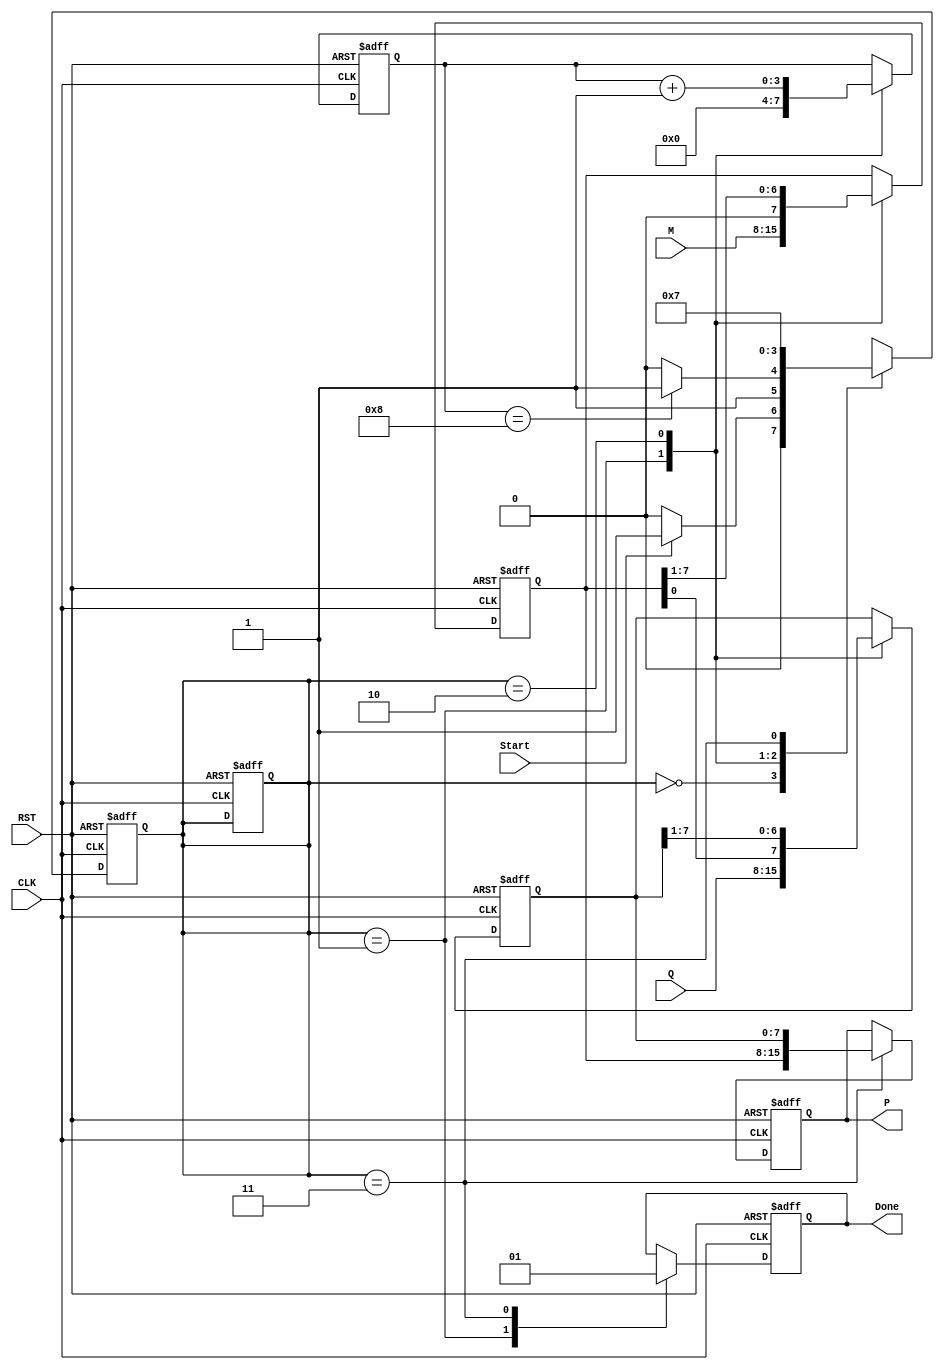
module modified_booth_multiplier #(
    parameter WIDTH = 8  // Bit width of the inputs
)(
    input wire [WIDTH-1:0] M,      // Multiplicand
    input wire [WIDTH-1:0] Q,      // Multiplier
    input wire Start,               // Control signal to start multiplication
    input wire CLK,                 // Clock signal
    input wire RST,                 // Reset signal
    output reg [2*WIDTH-1:0] P,     // Product
    output reg Done                 // Done signal
);

    reg [WIDTH-1:0] A;              // Accumulator
    reg [WIDTH-1:0] Q_reg;          // Multiplier register
    reg Q_1;                        // Q-1 register
    reg [3:0] count;                // Iteration counter
    reg [2*WIDTH-1:0] P_temp;       // Temporary product storage

    // State definitions
    localparam IDLE = 2'b00,
               LOAD = 2'b01,
               PROCESS = 2'b10,
               DONE = 2'b11;

    reg [1:0] state, next_state;

    // State transition logic
    always @(posedge CLK or posedge RST) begin
        if (RST) begin
            state <= IDLE;
        end else begin
            state <= next_state;
        end
    end

    // Next state logic
    always @(*) begin
        case (state)
            IDLE: begin
                if (Start) next_state = LOAD;
                else next_state = IDLE;
            end
            LOAD: begin
                if (count == WIDTH) next_state = DONE;
                else next_state = PROCESS;
            end
            PROCESS: begin
                next_state = LOAD;
            end
            DONE: begin
                next_state = DONE;
            end
            default: next_state = IDLE;
        endcase
    end

    // Control logic and operations
    always @(posedge CLK or posedge RST) begin
        if (RST) begin
            A <= 0;
            Q_reg <= 0;
            Q_1 <= 0;
            P <= 0;
            Done <= 0;
            count <= 0;
            P_temp <= 0;
            state <= IDLE;
        end else begin
            case (state)
                LOAD: begin
                    A <= M;                // Load multiplicand into A
                    Q_reg <= Q;           // Load multiplier into Q_reg
                    Q_1 <= 0;             // Initialize Q-1 to 0
                    count <= 0;           // Reset count
                    Done <= 0;
                end
                PROCESS: begin
                    case ({Q_reg[0], Q_1}) // Check Q and Q-1
                        2'b01: A <= A + M;  // A = A + M
                        2'b10: A <= A - M;  // A = A - M
                        2'b00, 2'b11: A <= A; // Do nothing
                    endcase

                    // Arithmetic right shift
                    {A, Q_reg, Q_1} <= {A, Q_reg, Q_1} >> 1;
                    Q_1 <= Q_reg[0]; // Update Q-1
                    count <= count + 1; // Increment count
                end
                DONE: begin
                    P <= {A, Q_reg}; // Combine A and Q_reg to form the product
                    Done <= 1;       // Set done signal
                end
            endcase
        end
    end
endmodule